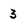
Character: 3